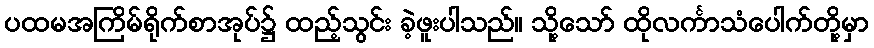
ပထမအကြိမ်ရိုက်စာအုပ်၌ ထည့်သွင်း ခဲ့ဖူးပါသည်။ သို့သော် ထိုလင်္ကာသံပေါက်တို့မှာ